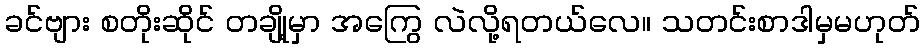
ခင်ဗျား စတိုးဆိုင် တချို့မှာ အကြွေ လဲလို့ရတယ်လေ။ သတင်းစာဒါမှမဟုတ်